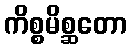
ကိစ္စမိစ္ဆတော